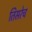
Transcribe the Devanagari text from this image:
तिसरेच